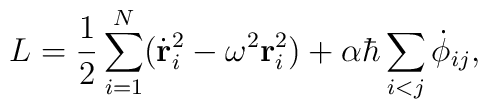
L = \frac{1}{2}\sum_{i=1}^{N}({\dot{\bf r}}_{i}^{2}- {\omega}^{2}{\bf r}_{i}^{2}) +\alpha\hbar\sum_{i<j}{\dot{\phi}}_{ij},